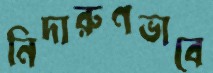
নিদারুণভাবে